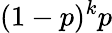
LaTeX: (1-p)^{k}p